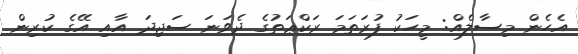
އެހެން މިސާލެއް: މީހަކު ފުރަތަމަ ރަކްޢަތުގެ ދެވަނަ ސަޖިދަ އާއި އޭގެ ކުރިން